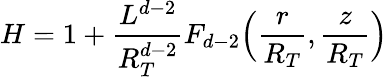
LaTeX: H=1+\frac{L^{d-2}}{R_{T}^{d-2}}F_{d-2}\Big(\frac{r}{R_{T}},\frac{z}{R_{T}}\Big)